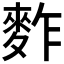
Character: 𪌟